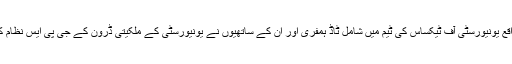
آسٹن میں واقع یونیورسٹی آف ٹیکساس کی ٹیم میں شامل ٹاڈ ہمفری اور ان کے ساتھیوں نے یونیورسٹی کے ملکیتی ڈرون کے جی پی ایس نظام کو ہیک کیا۔